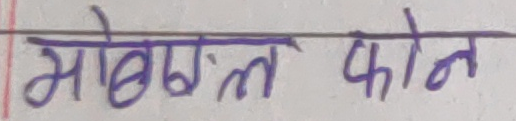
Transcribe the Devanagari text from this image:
मोबाइल फोन